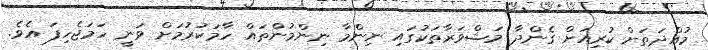
މުއްދަތަށް ކުރިއަށް ގެންދާ މަޝްވަރާތަކުގައި ނިންމާ ނިންމުންތައް ހާމަކުރުމަށް ވަނީ ހަމަޖެހިފަ އެވެ.